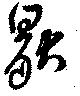
猒